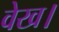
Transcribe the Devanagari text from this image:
वेख।